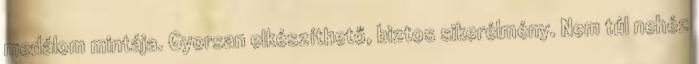
medálom mintája. Gyorsan elkészíthető, biztos sikerélmény. Nem túl nehéz